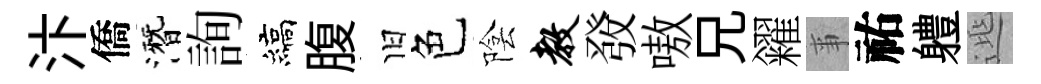
汴僑潛詢縞腹旧色陰教𤼲嗷兄糴亊祐軆𨓱